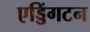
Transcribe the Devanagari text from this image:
एड्डिंगटन